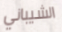
الشيباني